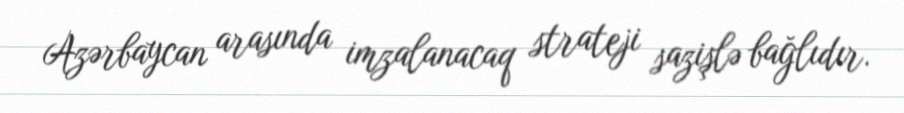
Azərbaycan arasında imzalanacaq strateji sazişlə bağlıdır.